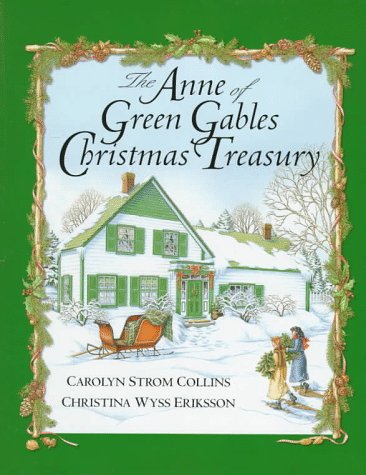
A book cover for The Anne of Green Gables Christmas Treasury; Carolyn Strom Collins; Teen & Young Adult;